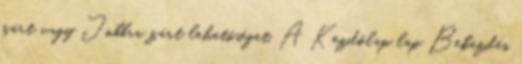
zárt vagy Jobbra zárt lehetőséget. A Kezdőlap lap Bekezdés